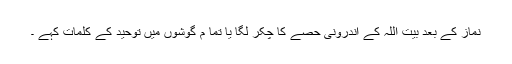
نماز کے بعد بیت اللہ کے اندرونی حصے کا چکر لگا یا تما م گوشوں میں توحید کے کلمات کہے ۔